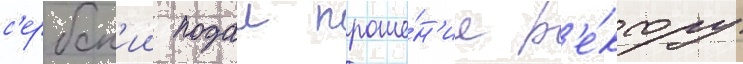
с'ербск'ии подал проше́н'ие р'е́ктору